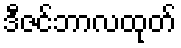
ဒီဇင်ဘာလထုတ်